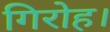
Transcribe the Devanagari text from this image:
गिरोह।